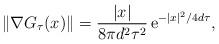
LaTeX: \begin{align*} \|\nabla G_\tau(x)\|=\dfrac{|x|}{8\pi d^2\tau^2}\,\mathrm{e}^{-|x|^2/4d\tau}, \end{align*}